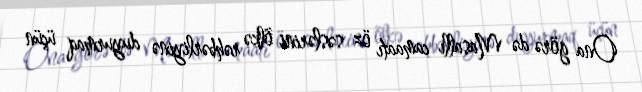
Ona görə də Masallı camaatı öz səslərini ölkə rəhbərliyinə duyurmaq üçün